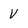
Character: V